Civil Veterinary Dept. Bombay admin report 1923-31 - 1923-1931
Year: 1923
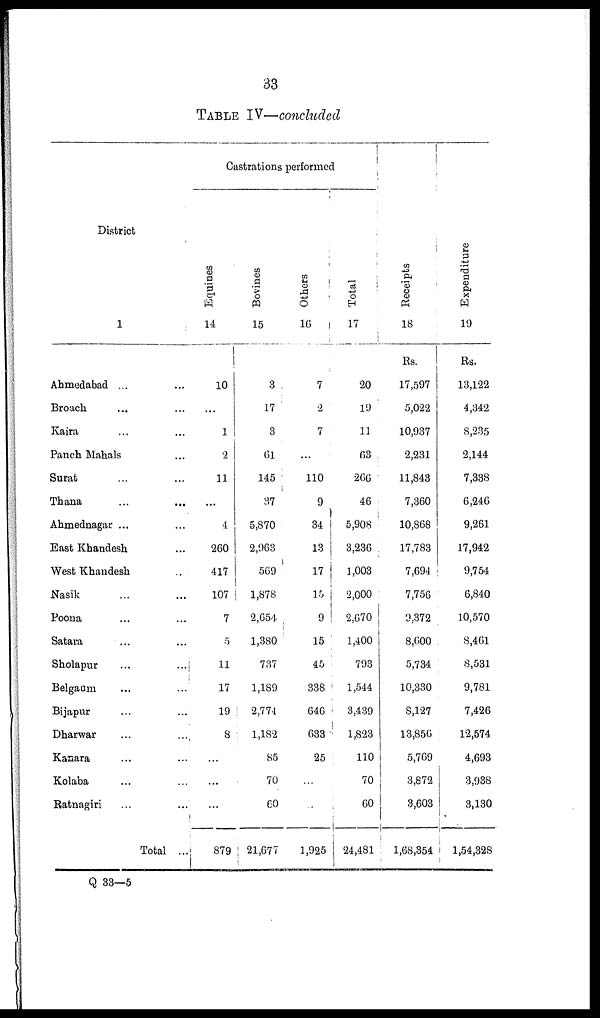
33
TABLE IV—concluded
District
1
Ahmedabad ... ...
Broach ... ...
Kaira ... ...
Panch Mahals ...
Surat ... ...
Thana ... ...
Ahmednagar ... ...
East Khandesh ...
West Khandesh ...
Nasik ... ...
Poona ... ...
Satara ... ...
Sholapur
...
...
Belgaum ... ...
Bijapur ... ...
Dharwar ... ...
Kanara ... ...
Kolaba ... ...
Ratnagiri ... ...
Total ...
Castrations performed
Equines
14
10
...
1
2
11
...
4
260
417
107
7
5
11
17
19
8
...
...
...
879
Bovines
15
3
17
3
61
145
37
5,870
2,963
569
1,878
2,654
1,380
737
1,189
2,774
1,182
85
70
60
21,677
Others
16
7
2
7
...
110
9
34
13
17
15
9
15
45
338
646
633
25
...
...
1,925
Total
17
20
19
11
63
266
46
5,908
3,236
1,003
2,000
2,670
1,400
793
1,544
3,439
1,823
110
70
60
24,481
Recei pt s
18
Rs.
17,597
5,022
10,937
2,231
11,843
7,360
10,868
17,783
7,694
7,756
9,372
8,600
5,734
10,330
8,127
13,856
5,769
3,872
3,603
1,68,354
Expenditure
19
Rs.
13,122
4,342
8,235
2,144
7,338
6,246
9,261
17,942
9,754
6,840
10,570
8,461
8,531
9,781
7,426
12,574
4,693
3,938
3,130
1,54,328
Q 33—5